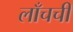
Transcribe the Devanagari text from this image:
लाँचची